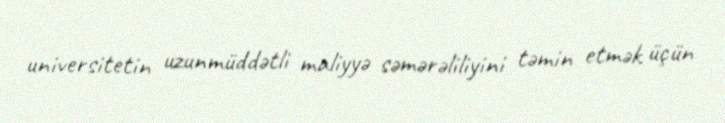
universitetin uzunmüddətli maliyyə səmərəliliyini təmin etmək üçün